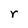
Character: r